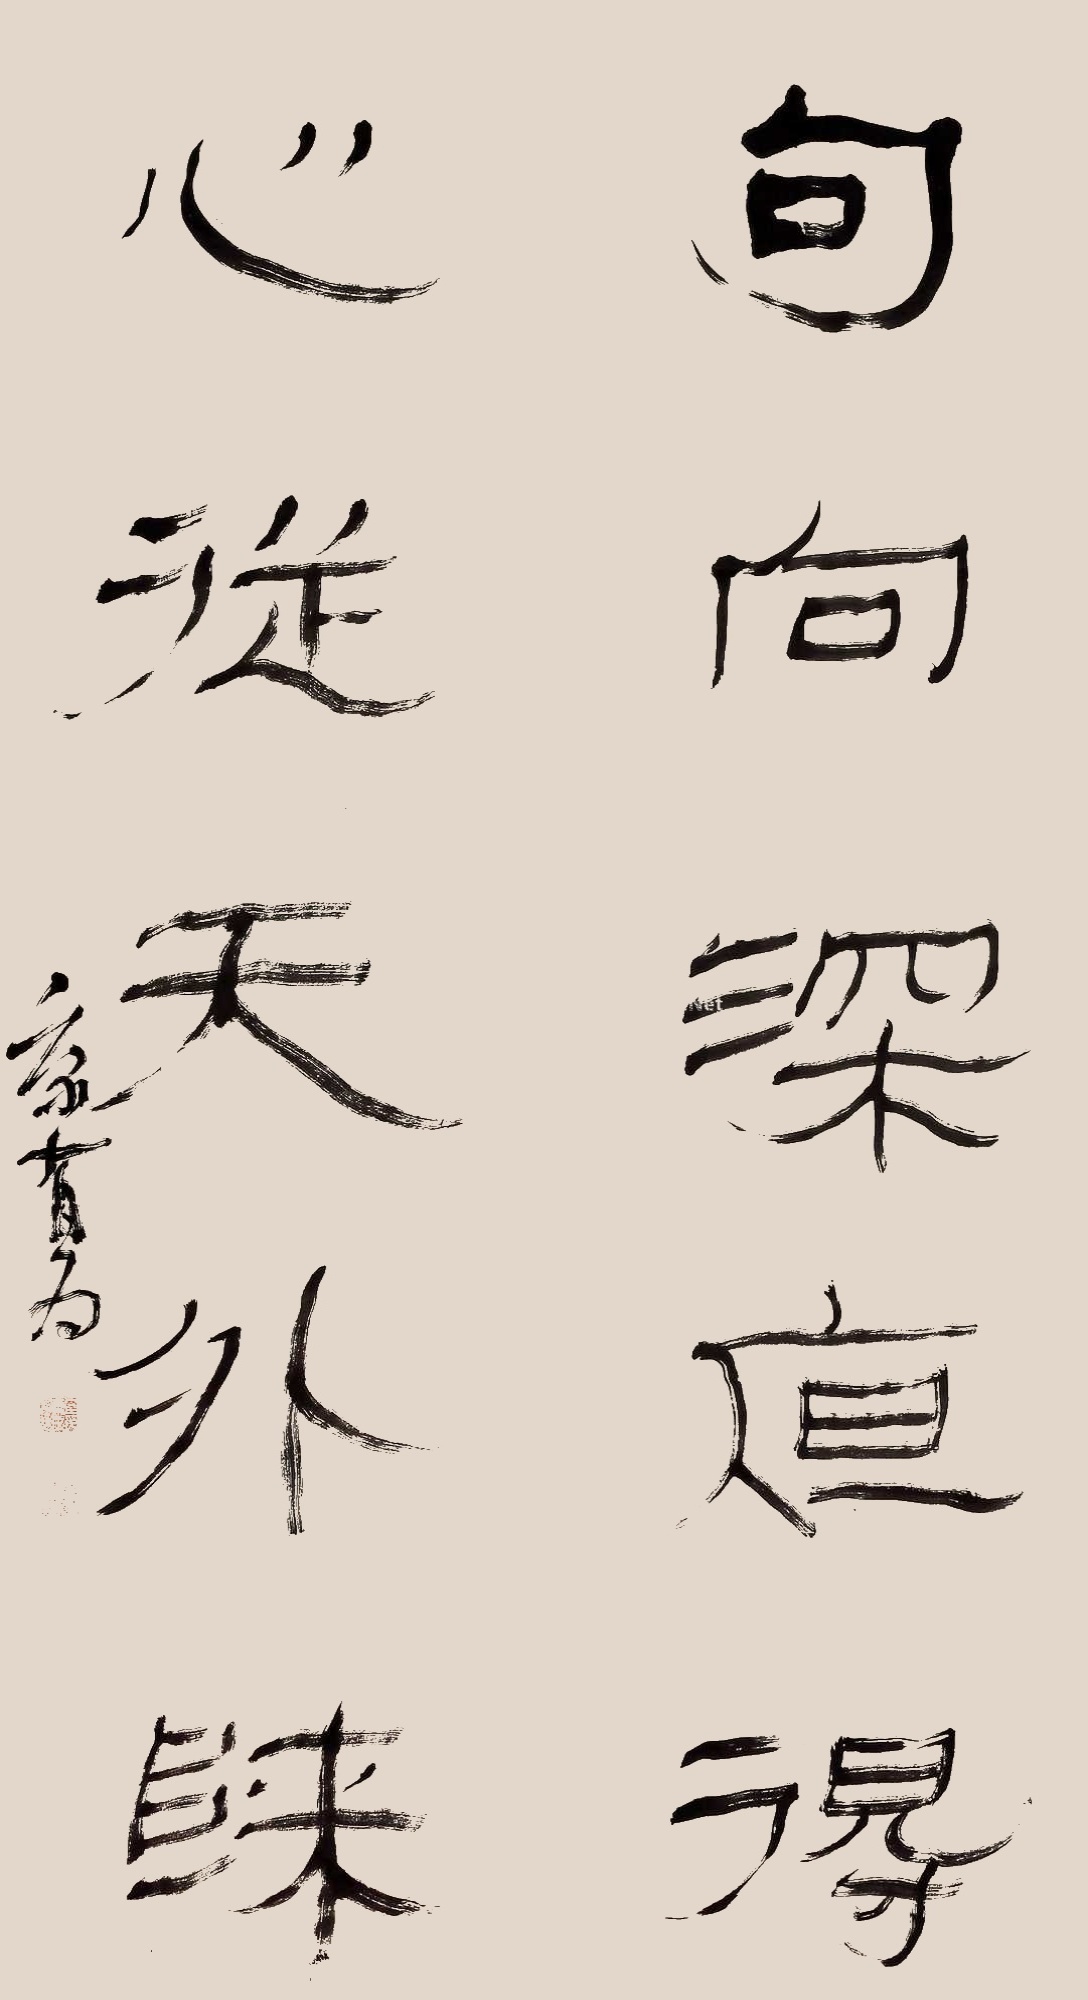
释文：句向深处得，心从天外来。臣康氏有为印